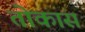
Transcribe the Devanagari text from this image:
तोकास